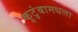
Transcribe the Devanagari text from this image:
कुटुंबामधला